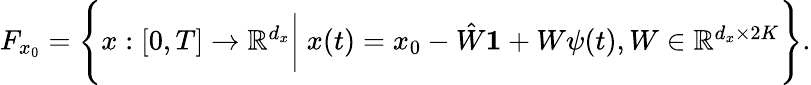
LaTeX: \begin{array}{r}{F_{x_{0}}=\Bigg\{ x:[0,T]\to\mathbb{R}^{d_{x}}\bigg\vert\ x(t)=x_{0}-\hat{W}\boldsymbol{1}+W\psi(t),W\in\mathbb{R}^{d_{x}\times 2K}\Bigg\} .}\end{array}